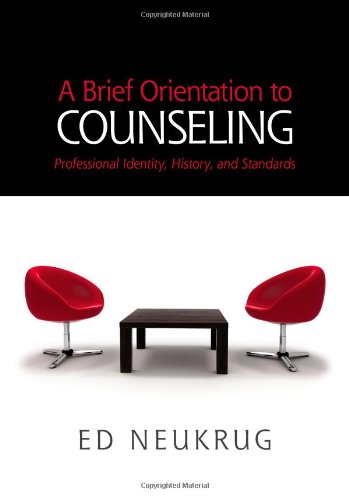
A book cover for A Brief Orientation to Counseling (HSE 125 Counseling); Edward S. Neukrug; Medical Books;